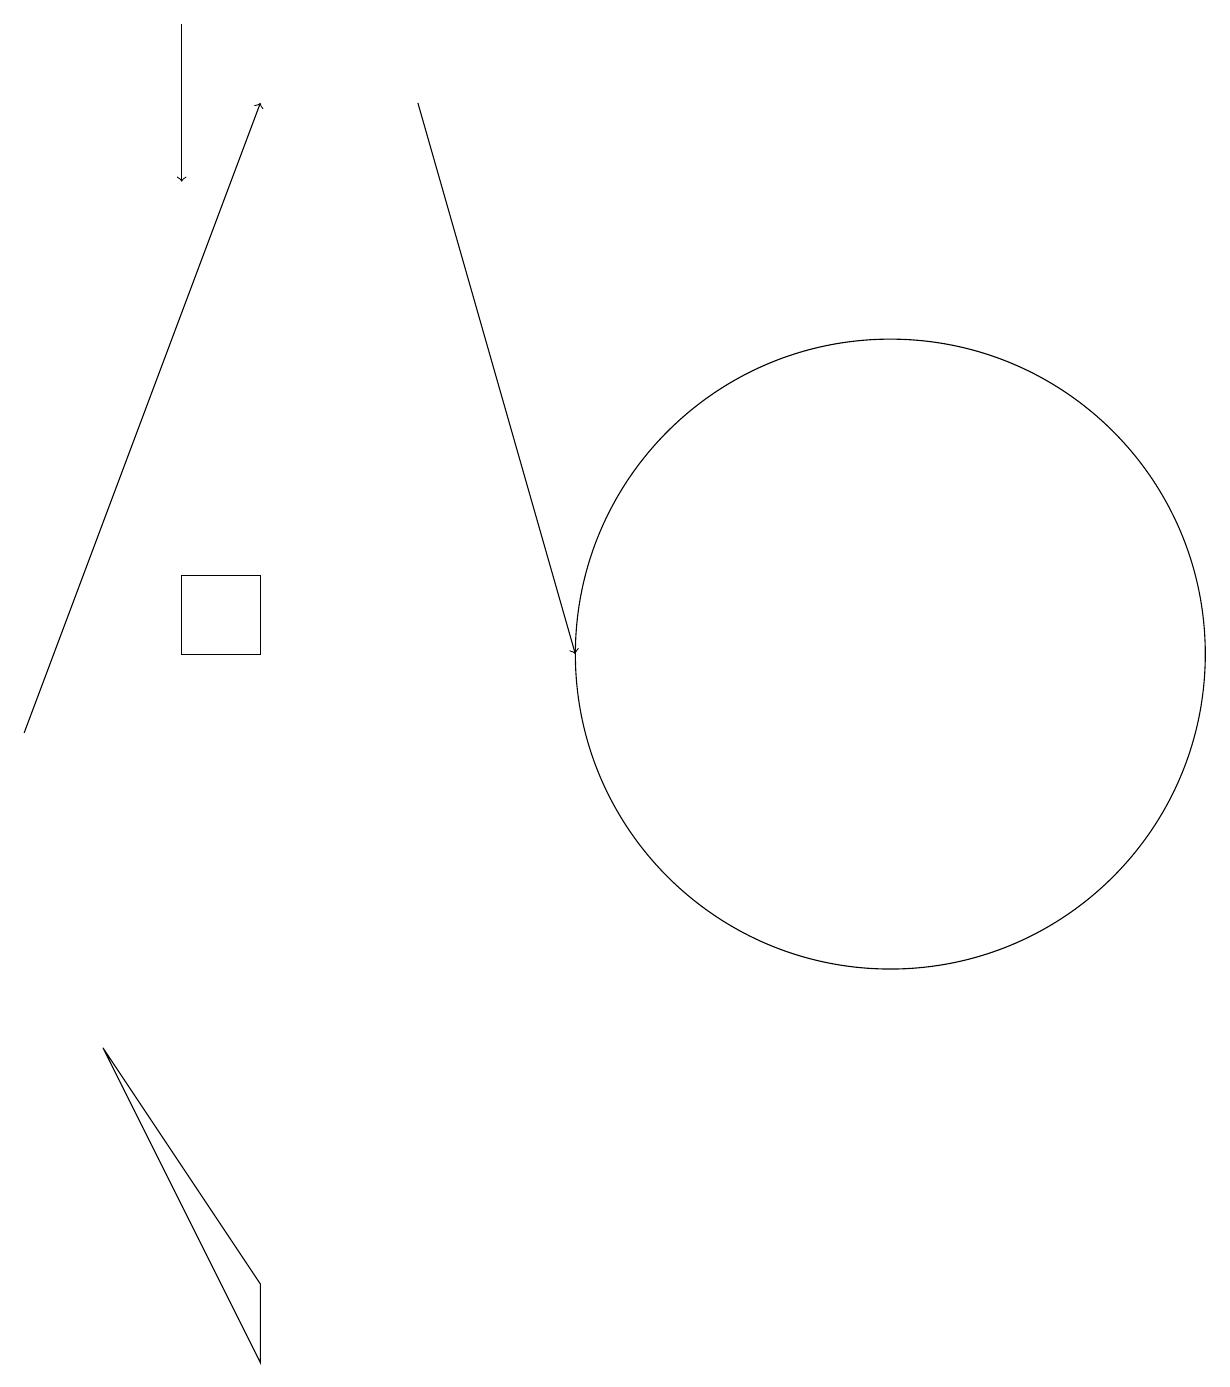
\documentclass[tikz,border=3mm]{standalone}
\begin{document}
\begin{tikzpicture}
\draw[->] (1,10) -- (4,18);
\draw (4,3) -- (2,6) -- (4,2) -- cycle;
\draw[->] (3,19) -- (3,17);
\draw (3,11) rectangle (4,12);
\draw (12,11) circle (4);
\draw[->] (6,18) -- (8,11);
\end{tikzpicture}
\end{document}